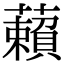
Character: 藾